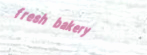
fresh bakery